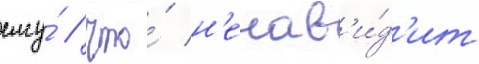
ему́ / что́ н'енав'и́д'ит